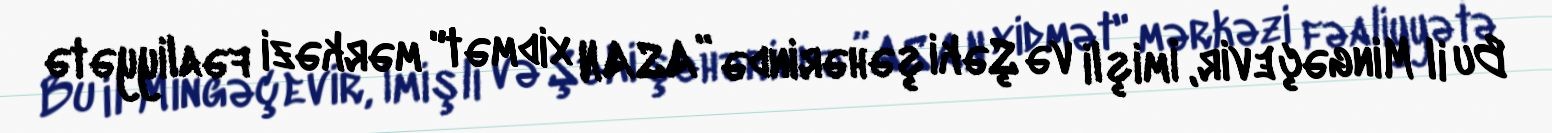
Bu il Mingəçevir, İmişli və Şəki şəhərində ”ASAN xidmət" mərkəzi fəaliyyətə